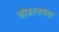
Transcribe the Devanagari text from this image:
चौकानाच्या